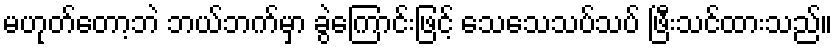
မဟုတ်တော့ဘဲ ဘယ်ဘက်မှာ ခွဲကြောင်းဖြင့် သေသေသပ်သပ် ဖြီးသင်ထားသည်။